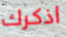
اذكرك